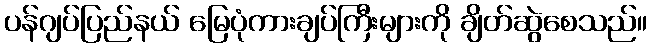
ပန်ဂျပ်ပြည်နယ် မြေပုံကားချပ်ကြီးများကို ချိတ်ဆွဲစေသည်။